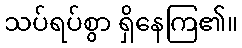
သပ်ရပ်စွာ ရှိနေကြ၏။